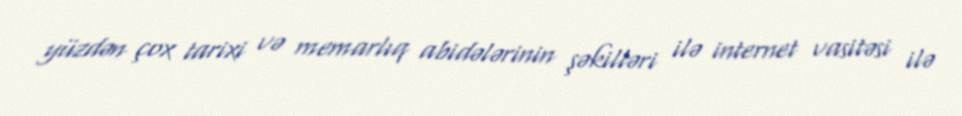
yüzdən çox tarixi və memarlıq abidələrinin şəkilləri ilə internet vasitəsi ilə